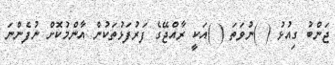
ޖަންބު ގިއުޅު ( )ނުވަތަ ( )އަކީ ރާއްޖޭގެ ފަރުފަޅުތަކުން އާންމުކޮށް ނުފެންނަ